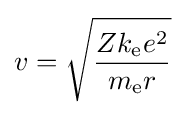
v={\sqrt {\frac {Zk_{\mathrm {e} }e^{2}}{m_{\mathrm {e} }r}}}